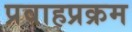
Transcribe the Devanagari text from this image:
प्रवाहप्रक्रम